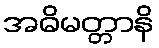
အဓိမတ္တာနိ